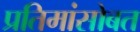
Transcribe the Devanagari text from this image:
प्रतिमांसोबत